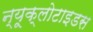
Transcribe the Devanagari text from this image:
न्यूक्लोटाइडस